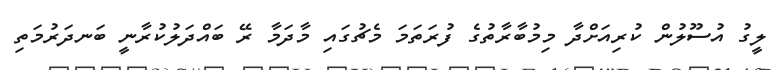
ލީގު އުސޫލުން ކުރިއަށްދާ މިމުބާރާތުގެ ފުރަތަމަ މެޗުގައި މާދަމާ ރޭ ބައްދަލުކުރާނީ ބަަނދަރުމަތި